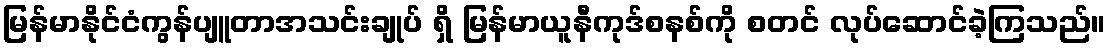
မြန်မာနိုင်ငံကွန်ပျူတာအသင်းချုပ် ရှိ မြန်မာယူနီကုဒ်စနစ်ကို စတင် လုပ်ဆောင်ခဲ့ကြသည်။